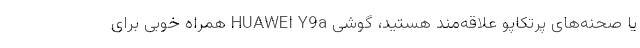
یا صحنه‌های پرتکاپو علاقه‌مند هستید، گوشی HUAWEI Y9a همراه خوبی برای